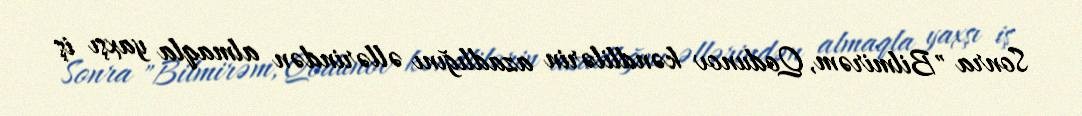
Sonra "Bilmirəm, Qodunov kəndlilərin azadlığını əllərindən almaqla yaxşı iş